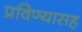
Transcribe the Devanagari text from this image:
प्रविण्यासह